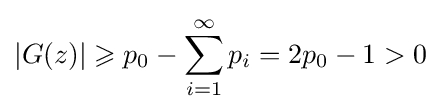
|G(z)|\geqslant p_{0}-\sum \limits _{i=1}^{\infty }p_{i}=2p_{0}-1>0